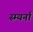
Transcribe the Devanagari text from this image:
स्म्यर्ना